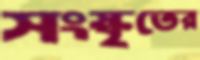
সংস্কৃতের